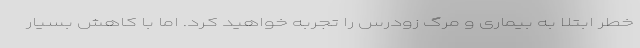
خطر ابتلا به بیماری و مرگ زودرس را تجربه خواهید کرد. اما با کاهش بسیار